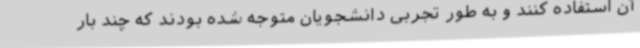
آن استفاده کنند و به طور تجربی دانشجویان متوجه شده بودند که چند بار